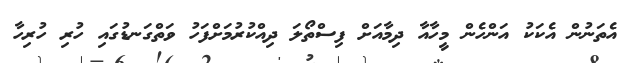
އެތަނުން އެކަކު އަންހެން މީހާއާ ދިމާއަށް ފިސްތޯލަ ދިއްކުރުމަށްފަހު ވަތްގަނޑުގައި ހުރި ހުރިހާ